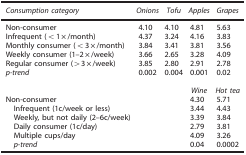
| Consumption category | Onions | Tofu | Apples | Grapes |
 | --- | --- | --- | --- | --- |
 | Non-consumer | 4.10 | 4.10 | 4.81 | 5.63 |
 | Infrequent (<1 × /month) | 4.37 | 3.24 | 4.16 | 3.83 |
 | Monthly consumer (<3 × /month) | 3.84 | 3.41 | 3.81 | 3.56 |
 | Weekly consumer (1–2 × /week) | 3.66 | 2.65 | 3.28 | 4.09 |
 | Regular consumer (>3 × /week) | 3.85 | 2.80 | 2.91 | 2.78 |
 | p-trend | 0.002 | 0.004 | 0.001 | 0.02 |
 |  |  |  |  |  |
 |  |  |  | Wine | Hot tea |
 | Non-consumer |  |  | 4.30 | 5.71 |
 | Infrequent (1c/week or less) |  |  | 3.44 | 4.43 |
 | Weekly, but not daily (2–6c/week) |  |  | 3.39 | 3.84 |
 | Daily consumer (1c/day) |  |  | 2.79 | 3.81 |
 | Multiple cups/day |  |  | 4.09 | 3.26 |
 | p-trend |  |  | 0.04 | 0.0002 |